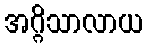
အဂ္ဂိသာလာယ